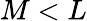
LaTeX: M<L